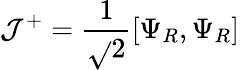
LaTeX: \mathcal{J}^{+}={\frac{{1}}{{\sqrt{}{2}}}}[\Psi_{R},\Psi_{R}]